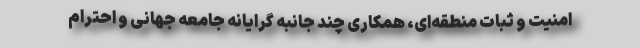
امنیت و ثبات منطقه‌ای، همکاری چند جانبه گرایانه جامعه جهانی و احترام